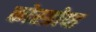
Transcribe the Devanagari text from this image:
कोस्ग्रोव्ह